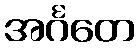
အင်္ဂတေ